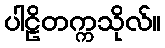
ပါဠိတက္ကသိုလ်။